Report on malaria in the Punjab during the year ...  together with an account of the work of the Punjab Malaria Bureau - Volume 4
Disease focus: Malaria
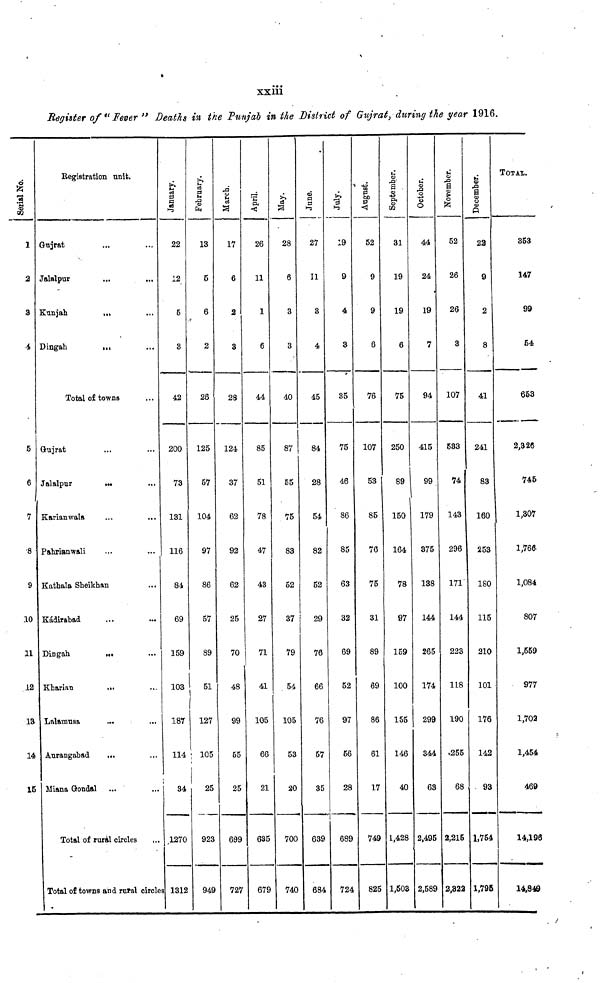
xxiii
Register of "Fever" Deaths in the Punjab in the District of Gujrat, during the year 1916.
Serial No.
1
2
3
4
5
6
7
•8
9
10
11
12
13
14
15
Registration unit.
Gujrat
Jalalpur
Kunjah
...
Dingah
...
Total of towns
Gujrat
Jalalpur
...
Karianwala
...
...
Pahriamwali
Kathala Sheikhan
Kádirabad
Dingah
...
Kharian
Lalamusa
Aurangabad
...
Miana Gondal
Total of rural circles
Total of towns and rural circle
January.
22
12
B
8
42
200
73
131
116
84
69
159
103
187
114
34
,1270
1312
February.
13
6
6
2
26
125
57
104
97
86
57
89
51
127
105
25
923
949
March.
17
6
2
3
28
124
37
62
92
62
25
70
48
99
55
25
699
727
April.
26
11
1
6
44
85
51
78
47
43
27
71
41
105
66
21
635
679
May.
28
6
3
3
40
87
55
75
83
52
37
79
54
105
53
20
700
740
June.
27
11
3
4
45
84
28
54
82
52
29
76
66
76
57
35
639
684
July.
19
9
4
3
35
75
46
86
85
63
32
69
52
97
56
28
689
724
August.
52
9
9
6
76
107
53
85
76
75
31
89
69
86
61
17
749
825
September.
31
19
19
6
75
250
89
150
164
78
97
159
100
155
146
40
1,428
1,603
October.
44
24
19
7
94
415
99
179
375
138
144
265
174
299
344
63
2,495
2,589
November.
52
26
26
3
107
533
74
143
296
171
144
223
118
190
255
68
2,215
2,322
December.
22
9
2
8
41
241
83
160
253
180
115
210
101
176
142
93
1,754
1,795
TOTAL
353
147
99
54
653
2,326
745
1,307
1,766.
1,084
807
1,559
977
1,702
1,454
469
14,196
14,849